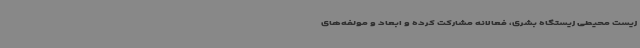
زیست محیطی زیستگاه بشری، فعالانه مشارکت کرده و ابعاد و مولفه‌های